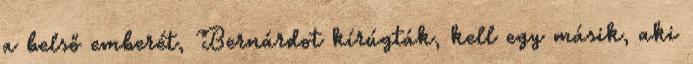
a belső emberét, Bernárdot kírúgták, kell egy másik, aki